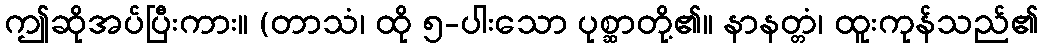
ဤဆိုအပ်ပြီးကား။ (တာသံ၊ ထို ၅-ပါးသော ပုစ္ဆာတို့၏။ နာနတ္တံ၊ ထူးကုန်သည်၏